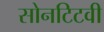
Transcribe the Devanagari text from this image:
सोनटिटवी